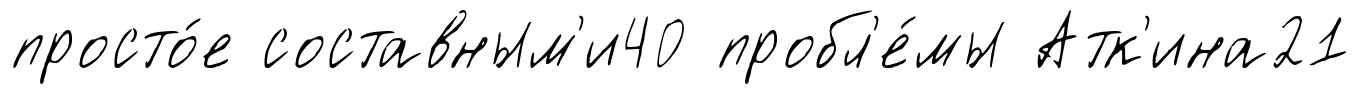
просто́е составным'и40 пробл'е́мы Атк'ина21